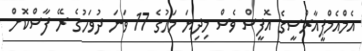
އެމްއެމްޕީއާރްސީގެ އޮފީސް ވެސް މިދިޔަ މަހުގެ 17 ވަނަ ދުވަހުގެ ރޭ ފާސްކޮށް